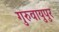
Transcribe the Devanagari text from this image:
गुरुवायुपुर